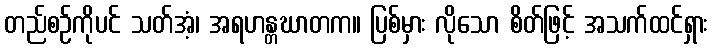
တည်စဉ်ကိုပင် သတ်အံ့၊ အရဟန္တဃာတက။ ပြစ်မှား လိုသော စိတ်ဖြင့် အသက်ထင်ရှား